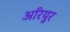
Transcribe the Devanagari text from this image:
अरियुर